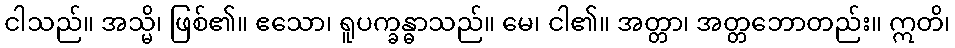
ငါသည်။ အသ္မိ၊ ဖြစ်၏။ ဧသော၊ ရူပက္ခန္ဓာသည်။ မေ၊ ငါ၏။ အတ္တာ၊ အတ္တဘောတည်း။ ဣတိ၊